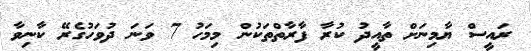
ރައީސް ޔާމިނަށް ތާއީދު ކުރާ ފާރާތްތަކުން މިމަހު 7 ވަނަ ދުވަހުގެރޭ ކާނިވާ